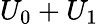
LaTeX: U_{0}+U_{1}